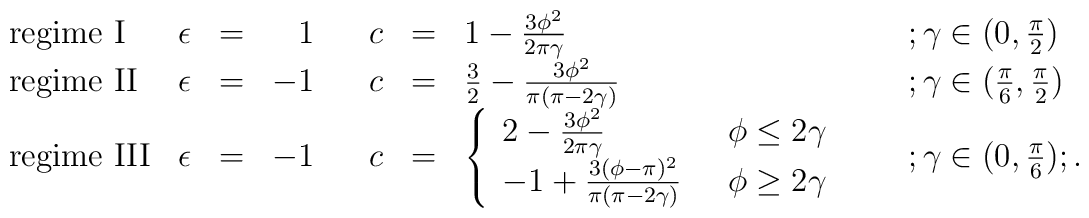
\begin{array}{lllrllll}\mbox{regime I}&\epsilon&=&1\;\;\;&c&=&1-\frac{3\phi^{2}}{2\pi\gamma}\;\;\;\;&;\gamma\in(0,\frac{\pi}{2})\\\mbox{regime II}&\epsilon&=&-1\;\;\;&c&=&\frac{3}{2}-\frac{3\phi^{2}}{\pi(\pi-2\gamma)}\;\;\;\;&;\gamma\in(\frac{\pi}{6},\frac{\pi}{2})\\\mbox{regime III}&\epsilon&=&-1\;\;\;&c&=&\left\{\begin{array}{ll}    2-\frac{3\phi^{2}}{2\pi\gamma}&\;\;\phi\leq 2\gamma\\    -1+\frac{3(\phi-\pi)^{2}}{\pi(\pi-2\gamma)}&\;\;\phi\geq 2\gamma \end{array}\right.  \;\;\;\;&;\gamma\in(0,\frac{\pi}{6});.\end{array}